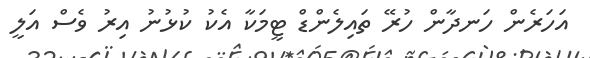
އަހަރެން ހަނދާން ހުރޭ ތައިލެންޑް ޓީމަކާ އެކު ކުޅުނު އިރު ވެސް އަލީ